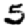
Digit: 5